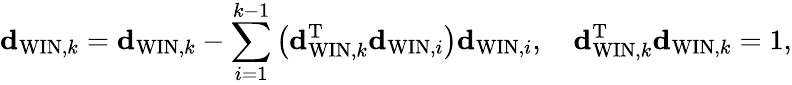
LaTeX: {\mathbf d}_{\mathrm{WIN},k}={\mathbf d}_{\mathrm{WIN},k}-\sum_{i=1}^{k-1}\left({\mathbf d}_{\mathrm{WIN},k}^{\mathrm{T}}{\mathbf d}_{\mathrm{WIN},i}\right){\mathbf d}_{\mathrm{WIN},i},\quad{\mathbf d}_{\mathrm{WIN},k}^{\mathrm{T}}{\mathbf d}_{\mathrm{WIN},k}=1,